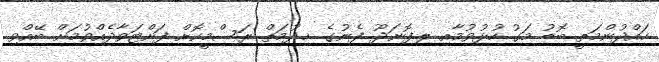
ހައްދުންމަތީ ބޮޑު މަގު ހުޅުވުމާއި ލ.ފޮނަދޫ ފެނުގެ ޚިދުމަތް ރަސްމީކޮށް ފަށްޓަވާދެއްވުމަށް ބޭއްވި